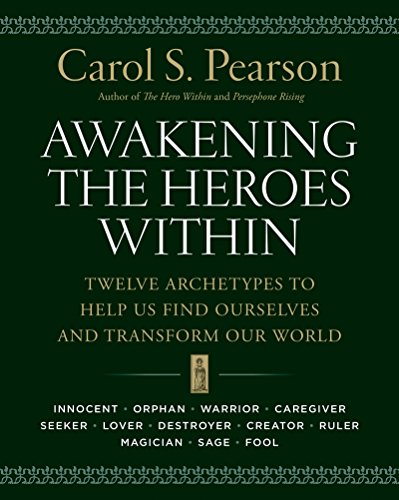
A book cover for Awakening the Heroes Within: Twelve Archetypes to Help Us Find Ourselves and Transform Our World; Carol S. Pearson; Science & Math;